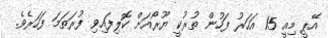
އޭޕީ މިއީ 15 އަހަރު ފަހުން ތުރުކީ ޔޫރޯއަށް ކޮލިފައިވި ފުރަތަމަ ފަހަރެވެ.